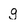
Character: g